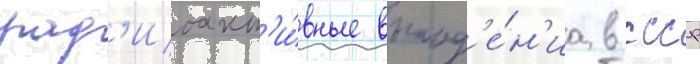
рад'иоакт'и́вные выпад'е́н'иа в ссср